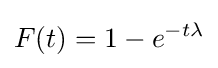
F(t)=1-e^{-t\lambda }